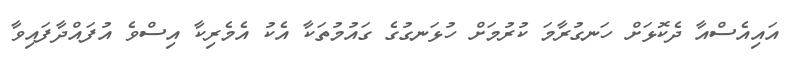
އައިއެސްއާ ދެކޮޅަށް ހަނގުރާމަ ކުރުމަށް ހުޅަނގުގެ ގައުމުތަކާ އެކު އެމެރިކާ އިސްވެ އުފައްދާފައިވާ